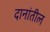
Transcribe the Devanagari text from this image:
दानांतील